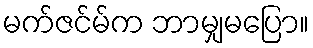
မက်ဇင်မ်က ဘာမျှမပြော။